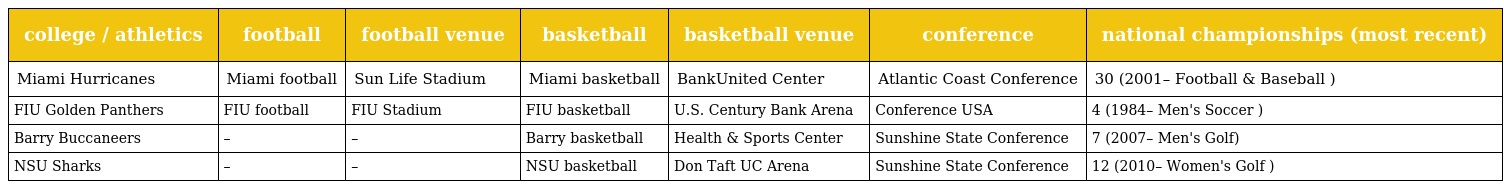
| college / athletics | football | football venue | basketball | basketball venue | conference | national championships (most recent) |
 | --- | --- | --- | --- | --- | --- | --- |
 | Miami Hurricanes | Miami football | Sun Life Stadium | Miami basketball | BankUnited Center | Atlantic Coast Conference | 30 (2001– Football & Baseball ) |
 | FIU Golden Panthers | FIU football | FIU Stadium | FIU basketball | U.S. Century Bank Arena | Conference USA | 4 (1984– Men's Soccer ) |
 | Barry Buccaneers | – | – | Barry basketball | Health & Sports Center | Sunshine State Conference | 7 (2007– Men's Golf) |
 | NSU Sharks | – | – | NSU basketball | Don Taft UC Arena | Sunshine State Conference | 12 (2010– Women's Golf ) |